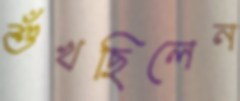
শুঁখছিলেন